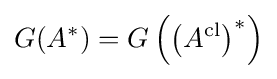
G(A^{*})=G\left(\left(A^{\text{cl}}\right)^{*}\right)